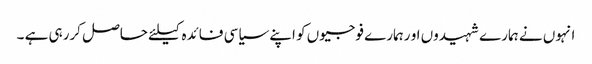
انہوں نے ہمارے شہیدوں او رہمارے فوجیوں کو اپنے سیاسی فائدہ کیلئے حاصل کررہی ہے ۔